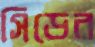
সিডের